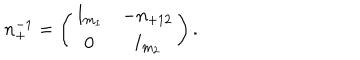
n _ { + } ^ { - 1 } = \left( \begin{array} { c c } { { I _ { m _ { 1 } } } } & { { - n _ { + 1 2 } } } \\ { { 0 } } & { { I _ { m _ { 2 } } } } \\ \end{array} \right) .